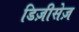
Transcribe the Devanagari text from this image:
डिज़ीसेज़